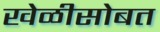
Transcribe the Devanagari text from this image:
खेळीसोबत